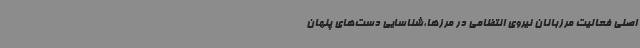
اصلی فعالیت مرزبانان نیروی انتظامی در مرزها،شناسایی دست‌های پنهان